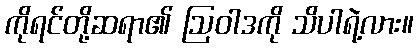
ကိုရင်တို့ဆရာ၏ ဩဝါဒကို သိပါရဲ့လား။